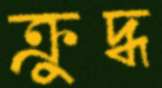
ক্রুদ্ধ